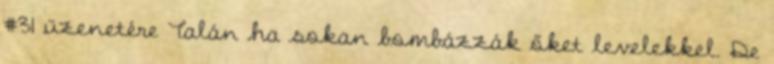
#31 üzenetére Talán ha sokan bombázzák őket levelekkel. De